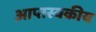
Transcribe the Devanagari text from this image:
आप्तस्वकीय